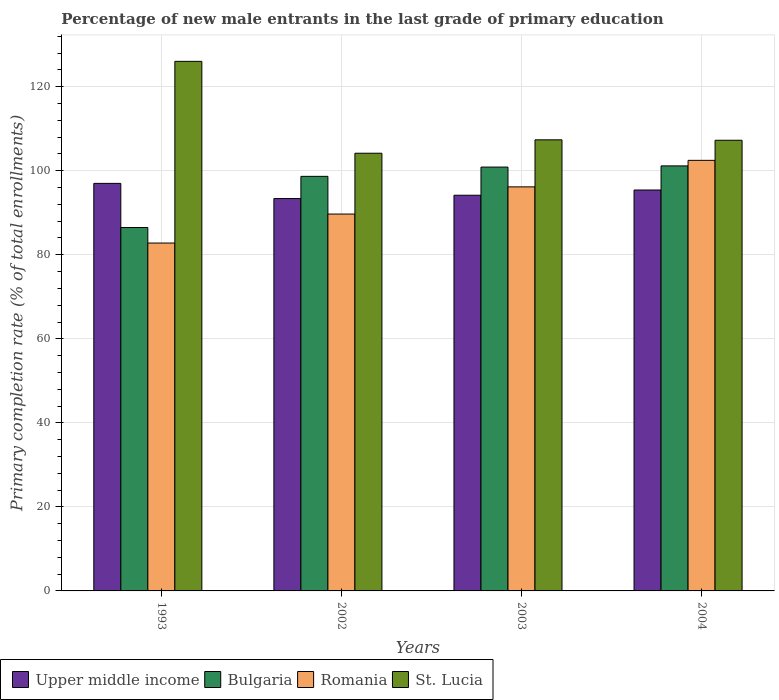
| Years | Upper middle income | Bulgaria | Romania | St. Lucia |
 | --- | --- | --- | --- | --- |
 | 1993 | 97 | 86.5 | 82.8 | 126 |
 | 2002 | 93.4 | 98.7 | 89.7 | 104 |
 | 2003 | 94.2 | 101 | 96.2 | 107 |
 | 2004 | 95.4 | 101 | 102 | 107 |